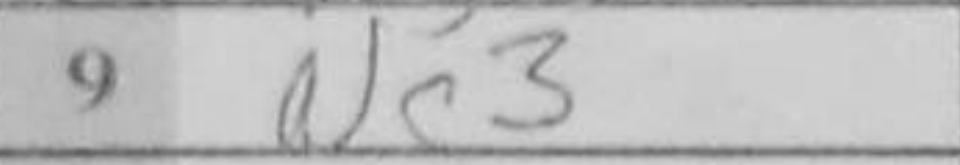
Transcription: Nc3